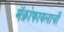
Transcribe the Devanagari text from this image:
मॅक्रोफायलाची